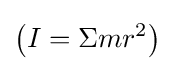
\left(I=\Sigma mr^{2}\right)